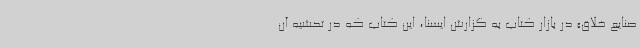
صنایع خلاق» در بازار کتاب به گزارش ایسنا، این کتاب که در تحشیه آن